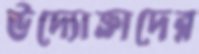
উদ্যোক্তাদের